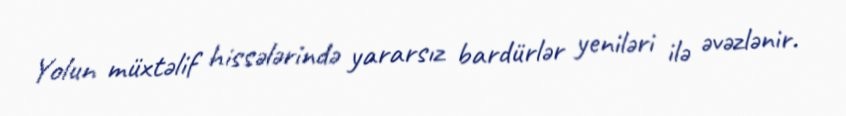
Yolun müxtəlif hissələrində yararsız bardürlər yeniləri ilə əvəzlənir.